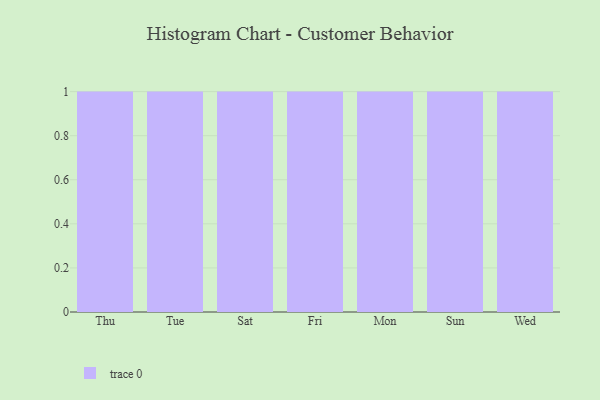
{"axis": {"x": "Day", "y": "Tickets Resolved"}, "legend": [""], "data": [{"x": "Thu", "y": 64, "type": ""}, {"x": "Tue", "y": 78, "type": ""}, {"x": "Sat", "y": 51, "type": ""}, {"x": "Fri", "y": 41, "type": ""}, {"x": "Mon", "y": 56, "type": ""}, {"x": "Sun", "y": 73, "type": ""}, {"x": "Wed", "y": 40, "type": ""}]}